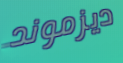
ديزموند